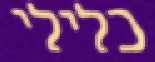
כלילי